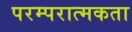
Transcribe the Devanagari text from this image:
परम्परात्मकता